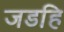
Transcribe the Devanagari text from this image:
जडहि